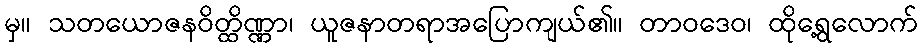
မှ။ သတယောဇနဝိတ္ထိဏ္ဏာ၊ ယူဇနာတရာအပြောကျယ်၏။ တာဝဒေဝ၊ ထိုရွေ့လောက်